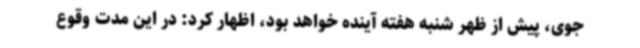
جوی، پیش از ظهر شنبه هفته آینده خواهد بود، اظهار کرد: در این مدت وقوع